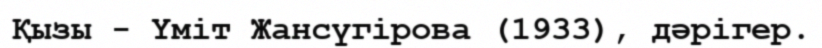
Қызы - Үміт Жансүгірова (1933), дәрігер.